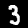
Digit: 3